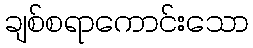
ချစ်စရာကောင်းသော